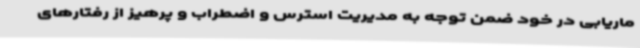
ماریابی در خود ضمن توجه به مدیریت استرس و اضطراب و پرهیز از رفتارهای